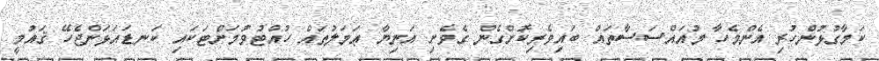
ކަމާގުޅުންހުރި އެންމެހާ މުއައްސަސާތައް ބައިވެރިކޮށްގެން ގެވެށި އަނިޔާ ޢަމަލުތައް ހުއްޓުވުމަށްޓަކައި ކަނޑައަޅަންޖެހޭ ޤައުމީ